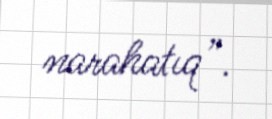
narahatıq”.